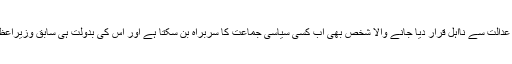
پاکستانی پارلیمان سے منظور ہونے والے اس قانون کے تحت عدالت سے نااہل قرار دیا جانے والا شخص بھی اب کسی سیاسی جماعت کا سربراہ بن سکتا ہے اور اس کی بدولت ہی سابق وزیراعظم نواز شریف اپنی جماعت کے دوبارہ صدر منتخب ہوئے ہیں۔